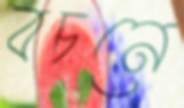
বচনে